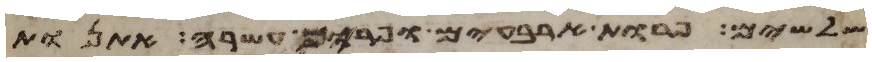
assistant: שלשים פרות ארבעים ופרים עשרה אתנות